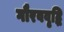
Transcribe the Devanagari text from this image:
गौरववृद्धि